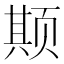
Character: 𬱦